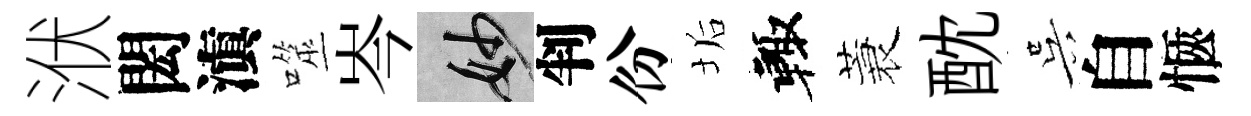
洑閎滇噬岑妙判份垢輙蓑酖吴自愜